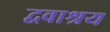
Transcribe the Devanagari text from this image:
द्ववाश्रय